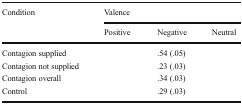
<table><thead><tr><td rowspan="2"><b>Condition</b></td><td colspan="3"><b>Valence</b></td></tr><tr><td><b>Positive</b></td><td><b>Negative</b></td><td><b>Neutral</b></td></tr></thead><tbody><tr><td>Contagion supplied</td><td>[EMPTY_CELL]</td><td>.54 (.05)</td><td>[EMPTY_CELL]</td></tr><tr><td>Contagion not supplied</td><td>[EMPTY_CELL]</td><td>.23 (.03)</td><td>[EMPTY_CELL]</td></tr><tr><td>Contagion overall</td><td>[EMPTY_CELL]</td><td>.34 (.03)</td><td>[EMPTY_CELL]</td></tr><tr><td>Control</td><td>[EMPTY_CELL]</td><td>.29 (.03)</td><td>[EMPTY_CELL]</td></tr></tbody></table>